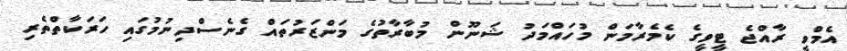
އެމްވީ ރާއްޖެ ޓީވީގެ ކެމެރާމަން މުހައްމަދު ޝަނޫން މުބާރާތުގެ މަންޒަރުތައް ގެނެސްދިނުމުގައި ހަރަކާތްތެރި